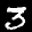
Label: 3